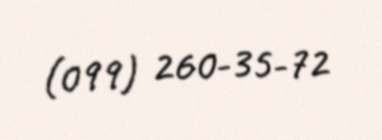
(099) 260-35-72